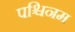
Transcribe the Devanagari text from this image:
पश्चिनम